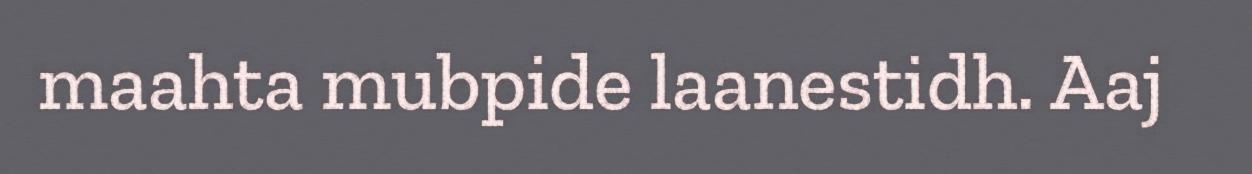
maahta mubpide laanestidh. Aaj